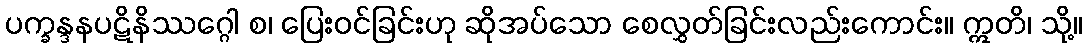
ပက္ခန္ဒနပဋိနိဿဂ္ဂေါ စ၊ ပြေးဝင်ခြင်းဟု ဆိုအပ်သော စေလွှတ်ခြင်းလည်းကောင်း။ ဣတိ၊ သို့။